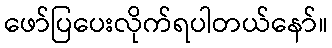
ဖော်ပြပေးလိုက်ရပါတယ်နော်။